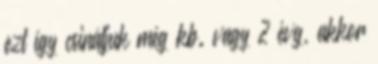
ezt így csináljuk még kb. vagy 2 évg, akkor